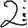
Digit: 2